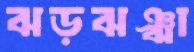
ঝড়ঝঞ্ঝা